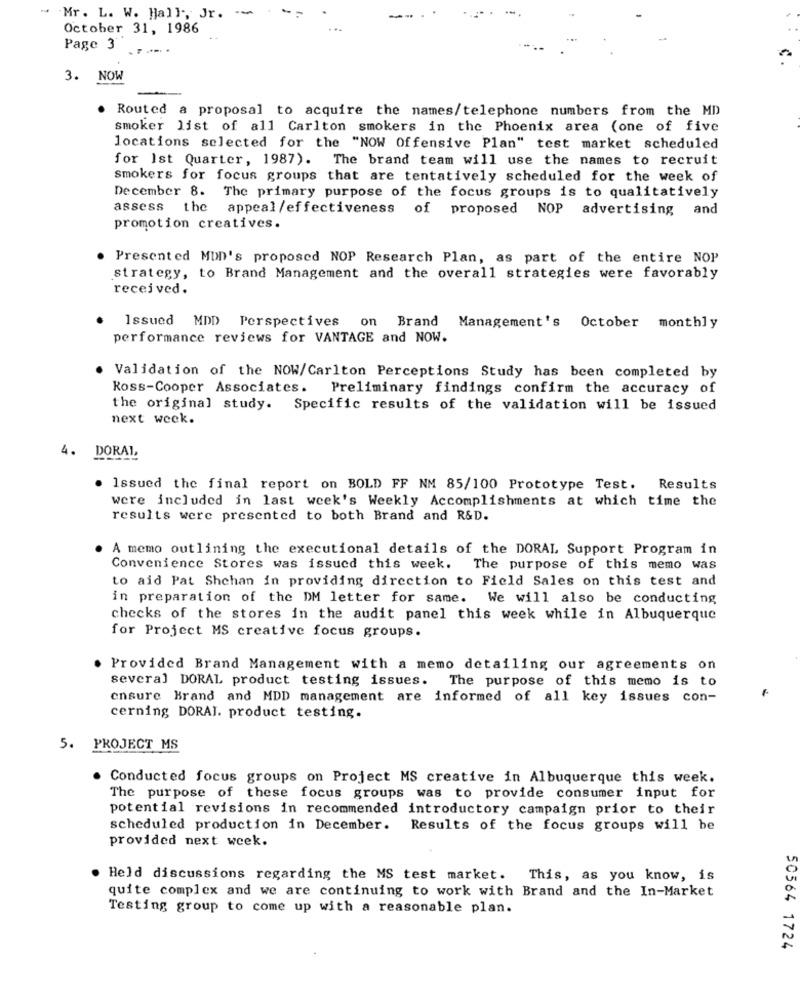
Z
--
Mr. L. W. Hall, Jr. ..
October 31, 1986
...
Page 3
3. NOW
. Routed a proposal to acquire the names/telephone numbers from the MD
smoker list of all Carlton smokers in the Phoenix area (one of five
locations selected for the "NOW Offensive Plan" test market scheduled
for Ist Quarter, 1987). The brand team will use the names to recruit
smokers for focus groups that are tentatively scheduled for the week of
December 8. The primary purpose of the focus groups is to qualitatively
assess
the
appeal /effectiveness
of proposed NOP
advertising and
promotion creatives.
Presented MOD's proposed NOP Research Plan, as part of the entire NOP
strategy, to Brand Management and the overall strategies were favorably
received.
Issued MDD Perspectives
on Brand
Management's October monthly
performance reviews for VANTAGE and NOW.
Validation of the NOW/Carlton Perceptions Study has been completed by
Ross-Cooper Associates.
Preliminary findings confirm the accuracy of
the original study.
Specific results of the validation will be issued
next week.
4. DORAL,
Issued the final report on BOLD FF NM 85/100 Prototype Test. Results
were included in last week's Weekly Accomplishments at which time the
results were presented to both Brand and R&D.
A memo outlining the executional details of the DORAL Support Program in
Convenience Stores was issued this week. The purpose of this memo was
to aid Pat Shchan in providing direction to Field Sales on this test and
in preparation of the DM letter for same. We will also be conducting
checks of the stores in the audit panel this week while in Albuquerque
for Project MS creative focus groups.
Provided Brand Management with a memo detailing our agreements on
several DORAL product testing issues. The purpose of this memo is to
ensure Brand and MDD management are informed of all key issues con-
cerning DORAL. product testing.
5. PROJECT MS
Conducted focus groups on Project MS creative in Albuquerque this week.
The purpose of these focus groups was to provide consumer input for
potential revisions in recommended introductory campaign prior to their
scheduled production in December.
Results of the focus groups will be
provided next week.
Held discussions regarding the MS test market. This, as you know, is
quite complex and we are continuing to work with Brand and the In-Market
Testing group to come up with a reasonable plan.
50564 1724